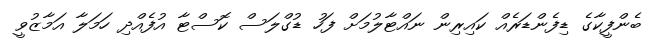
ބެންފީކާގެ ޑިފެންޑަރެއް ކައިރިން ނައްޓާލުމަށް ފަހު ޑުގްލަސް ކޮސްޓާ އުފެއްދި ހަމަލާ އަމާޒުވީ